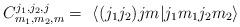
LaTeX: \begin{align*}C_{m_{1},m_{2},m}^{j_{1},j_{2},j}=\ \left\langle(j_{1}j_{2})jm|j_{1}m_{1}j_{2}m_{2}\right\rangle \ \end{align*}